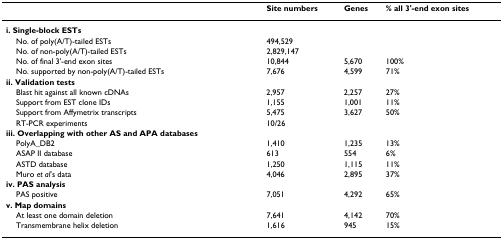
<table><thead><tr><td></td><td><b>Site numbers</b></td><td><b>Genes</b></td><td><b>% all 3&#x27;-end exon sites</b></td></tr></thead><tbody><tr><td><b>i. Single-block ESTs</b></td><td></td><td></td><td></td></tr><tr><td> No. of poly(A/T)-tailed ESTs</td><td>494,529</td><td></td><td></td></tr><tr><td> No. of non-poly(A/T)-tailed ESTs</td><td>2,829,147</td><td></td><td></td></tr><tr><td> No. of final 3&#x27;-end exon sites</td><td>10,844</td><td>5,670</td><td>100%</td></tr><tr><td> No. supported by non-poly(A/T)-tailed ESTs</td><td>7,676</td><td>4,599</td><td>71%</td></tr><tr><td><b>ii. Validation tests</b></td><td></td><td></td><td></td></tr><tr><td> Blast hit against all known cDNAs</td><td>2,957</td><td>2,257</td><td>27%</td></tr><tr><td> Support from EST clone IDs</td><td>1,155</td><td>1,001</td><td>11%</td></tr><tr><td> Support from Affymetrix transcripts</td><td>5,475</td><td>3,627</td><td>50%</td></tr><tr><td> RT-PCR experiments</td><td>10/26</td><td></td><td></td></tr><tr><td><b>iii. Overlapping with other AS and APA databases</b></td><td></td><td></td><td></td></tr><tr><td> PolyA_DB2</td><td>1,410</td><td>1,235</td><td>13%</td></tr><tr><td> ASAP II database</td><td>613</td><td>554</td><td>6%</td></tr><tr><td> ASTD database</td><td>1,250</td><td>1,115</td><td>11%</td></tr><tr><td> Muro <i>et al</i>&#x27;s data</td><td>4,046</td><td>2,895</td><td>37%</td></tr><tr><td><b>iv. PAS analysis</b></td><td></td><td></td><td></td></tr><tr><td> PAS positive</td><td>7,051</td><td>4,292</td><td>65%</td></tr><tr><td><b>v. Map domains</b></td><td></td><td></td><td></td></tr><tr><td> At least one domain deletion</td><td>7,641</td><td>4,142</td><td>70%</td></tr><tr><td> Transmembrane helix deletion</td><td>1,616</td><td>945</td><td>15%</td></tr></tbody></table>